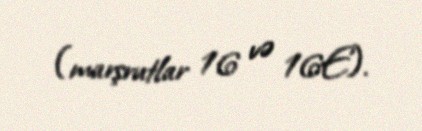
(marşrutlar 16 və 16E).